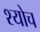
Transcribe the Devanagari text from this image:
श्योच